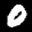
Label: 0